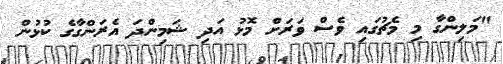
"މަލިންގާ މި މެޗުގައި ވެސް ވަރަށް މޮޅު އަދި ޝަމިންދަ އެރަންގާގެ ކުޅުން